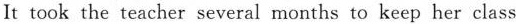
It took the teacher several months to keep her class